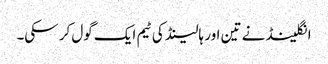
انگلینڈ نے تین اور ہالینڈ کی ٹیم ایک گول کر سکی۔